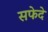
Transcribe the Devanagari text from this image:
सफेदे